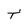
Character: t